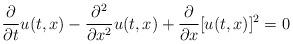
LaTeX: \begin{align*}\frac{\partial}{\partial t} u(t, x) - \frac{\partial^{2}}{ \partial x^{2}}u(t, x) + \frac{\partial}{\partial x} [u(t, x)]^2 = 0\end{align*}